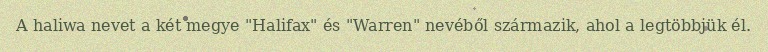
A haliwa nevet a két megye "Halifax" és "Warren" nevéből származik, ahol a legtöbbjük él.